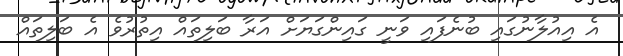
އެ އިއުލާނުގައި ބުނެފައި ވަނީ ގައިންގަޔަށް އަރާ ބަލިތައް އިތުރުވެ އެ ބަލިތައް